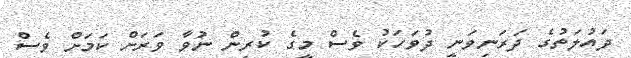
ދައުލަތުގެ ދަރަނިވަނީ ދުވަހަކު ވެސް މީގެ ކުރިން ނުވާ ވަރަށް ކަމަށް ވެސް